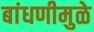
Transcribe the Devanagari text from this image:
बांधणीमुळे